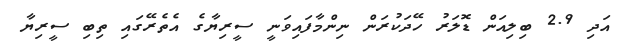
އަދި 2.9 ބިލިއަން ޑޮލަރު ހޭދަކުރަން ނިންމާފައިވަނީ ސީރިޔާގެ އެތެރޭގައި ތިބި ސީރިޔާ